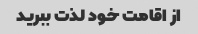
از اقامت خود لذت ببرید